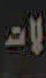
لاحت